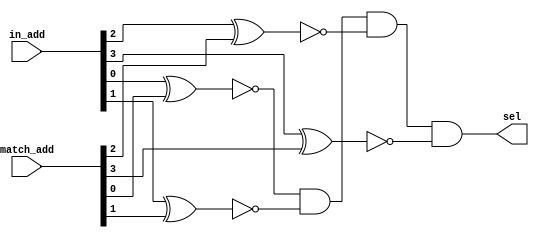
module match_address(in_add,match_add,sel);
  
  input wire [3:0] in_add,match_add;
  output wire sel;
  
  wire temp1,temp2,temp3,temp4;
  
  xor x1(temp1,in_add[0],match_add[0]);
  xor x2(temp2,in_add[1],match_add[1]);
  xor x3(temp3,in_add[2],match_add[2]);
  xor x4(temp4,in_add[3],match_add[3]);
  
  and a1(sel,~temp1,~temp2,~temp3,~temp4);
  

  
endmodule